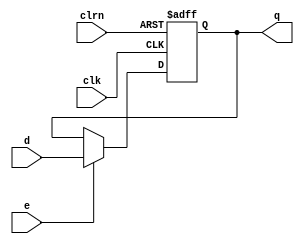
// 32bit D flip-flop with an enable signal.
module dffe32(d, clk, clrn, e, q);
	input      [31:0] d;
	input             clk, clrn, e;
	output reg [31:0] q;

	always @(negedge clrn or posedge clk)
		if (clrn == 0) begin
			q <= 0;
		end else begin
			if (e == 1)
				q <= d;
		end
endmodule